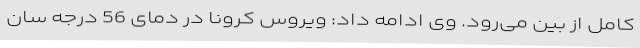
کامل از بین می‌رود. وی ادامه داد: ویروس کرونا در دمای 56 درجه سان